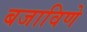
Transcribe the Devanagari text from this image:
बजाविणे